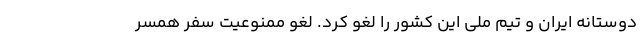
دوستانه ایران و تیم ملی این کشور را لغو کرد. لغو ممنوعیت سفر همسر